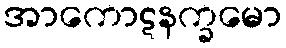
အာကောဋနက္ခမော